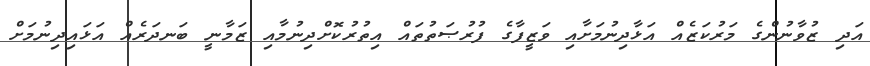
އަދި ޒުވާނުންގެ މަރުކަޒެއް އަޅާދިނުމަށާއި ވަޒީފާގެ ފުރުޞަތުތައް އިތުރުކޮށްދިނުމާއި ޒަމާނީ ބަނދަރެއް އަޅައިދިނުމަށް